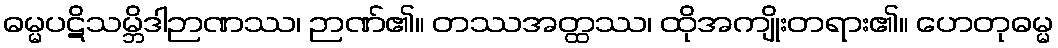
ဓမ္မပဋိသမ္ဘိဒါဉာဏဿ၊ ဉာဏ်၏။ တဿအတ္ထဿ၊ ထိုအကျိုးတရား၏။ ဟေတုဓမ္မ